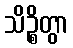
သိဉ္စိတွာ